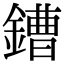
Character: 鏪